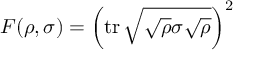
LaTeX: F ( \rho , \sigma ) = \left( \operatorname { t r } { \sqrt { { \sqrt { \rho } } \sigma { \sqrt { \rho } } } } \right) ^ { 2 }